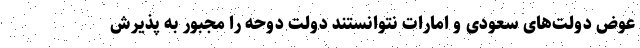
عوض دولت‌های سعودی و امارات نتوانستند دولت دوحه را مجبور به پذیرش